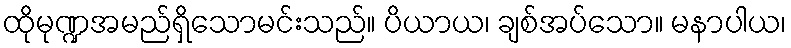
ထိုမုဏ္ဍအမည်ရှိသောမင်းသည်။ ပိယာယ၊ ချစ်အပ်သော။ မနာပါယ၊